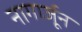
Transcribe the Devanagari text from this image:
नागार्जून